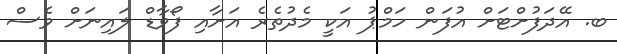
ބ. އޭދަފުށްޓަށް އުފަން ހަމްޕު އަކީ މެދުތެރެ އަށާއި ފޯވާޑް ލައިނަށް ވެސް